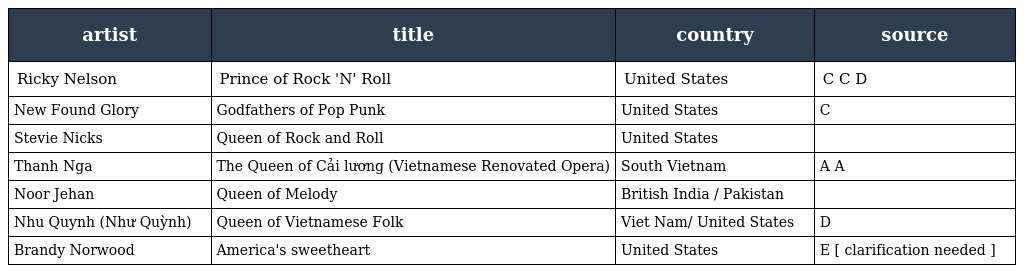
| artist | title | country | source |
 | --- | --- | --- | --- |
 | Ricky Nelson | Prince of Rock 'N' Roll | United States | C C D |
 | New Found Glory | Godfathers of Pop Punk | United States | C |
 | Stevie Nicks | Queen of Rock and Roll | United States |  |
 | Thanh Nga | The Queen of Cải lương (Vietnamese Renovated Opera) | South Vietnam | A A |
 | Noor Jehan | Queen of Melody | British India / Pakistan |  |
 | Nhu Quynh (Như Quỳnh) | Queen of Vietnamese Folk | Viet Nam/ United States | D |
 | Brandy Norwood | America's sweetheart | United States | E [ clarification needed ] |